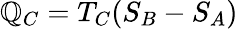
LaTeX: \mathbb{Q}_{C}=T_{C}(S_{B}-S_{A})